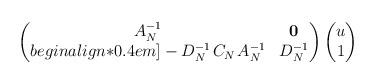
LaTeX: \begin{align*}\begin{pmatrix}A^{-1}_N & {\bf 0} \\begin{align*}0.4em]- D^{-1}_N \;\! C_N \;\! A_N^{-1} & D^{-1}_N\end{pmatrix}\begin{pmatrix}u \\1\end{pmatrix}\end{align*}